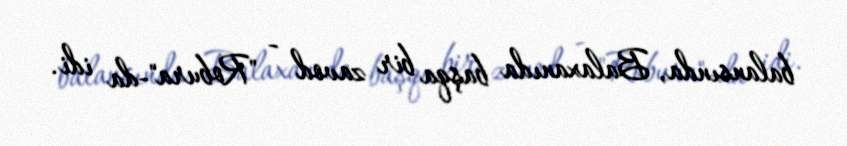
balansında, Balaxanıda başqa bir zavod - "Robura"-da idi.